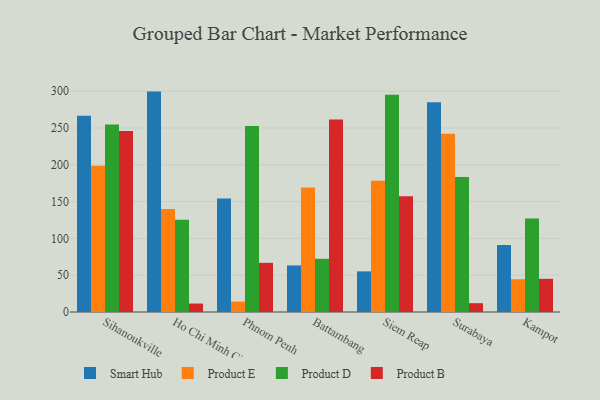
{"axis": {"x": "City", "y": "Page Views"}, "legend": ["Product B", "Product D", "Product E", "Smart Hub"], "data": [{"x": "Sihanoukville", "y": 266.8, "type": "Smart Hub"}, {"x": "Sihanoukville", "y": 198.7, "type": "Product E"}, {"x": "Sihanoukville", "y": 254.8, "type": "Product D"}, {"x": "Sihanoukville", "y": 245.9, "type": "Product B"}, {"x": "Ho Chi Minh City", "y": 299.5, "type": "Smart Hub"}, {"x": "Ho Chi Minh City", "y": 139.9, "type": "Product E"}, {"x": "Ho Chi Minh City", "y": 125.3, "type": "Product D"}, {"x": "Ho Chi Minh City", "y": 11.5, "type": "Product B"}, {"x": "Phnom Penh", "y": 154.4, "type": "Smart Hub"}, {"x": "Phnom Penh", "y": 14.1, "type": "Product E"}, {"x": "Phnom Penh", "y": 252.8, "type": "Product D"}, {"x": "Phnom Penh", "y": 66.8, "type": "Product B"}, {"x": "Battambang", "y": 63.3, "type": "Smart Hub"}, {"x": "Battambang", "y": 169.2, "type": "Product E"}, {"x": "Battambang", "y": 72.3, "type": "Product D"}, {"x": "Battambang", "y": 261.5, "type": "Product B"}, {"x": "Siem Reap", "y": 55.2, "type": "Smart Hub"}, {"x": "Siem Reap", "y": 178.3, "type": "Product E"}, {"x": "Siem Reap", "y": 295.2, "type": "Product D"}, {"x": "Siem Reap", "y": 157.2, "type": "Product B"}, {"x": "Surabaya", "y": 285.1, "type": "Smart Hub"}, {"x": "Surabaya", "y": 242.1, "type": "Product E"}, {"x": "Surabaya", "y": 183.4, "type": "Product D"}, {"x": "Surabaya", "y": 12.0, "type": "Product B"}, {"x": "Kampot", "y": 91.2, "type": "Smart Hub"}, {"x": "Kampot", "y": 44.5, "type": "Product E"}, {"x": "Kampot", "y": 127.2, "type": "Product D"}, {"x": "Kampot", "y": 45.1, "type": "Product B"}]}